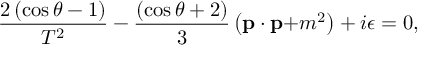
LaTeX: \frac { 2 \left( \cos \theta - 1 \right) } { T ^ { 2 } } - \frac { \left( \cos \theta + 2 \right) } 3 \left( \mathbf { p \cdot p + } m ^ { 2 } \right) + i \epsilon = 0 ,